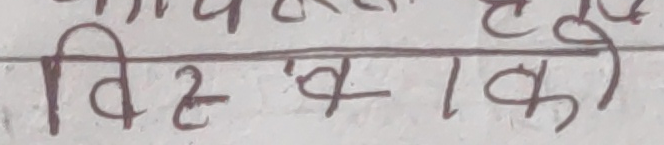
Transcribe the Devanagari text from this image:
विस्येकी